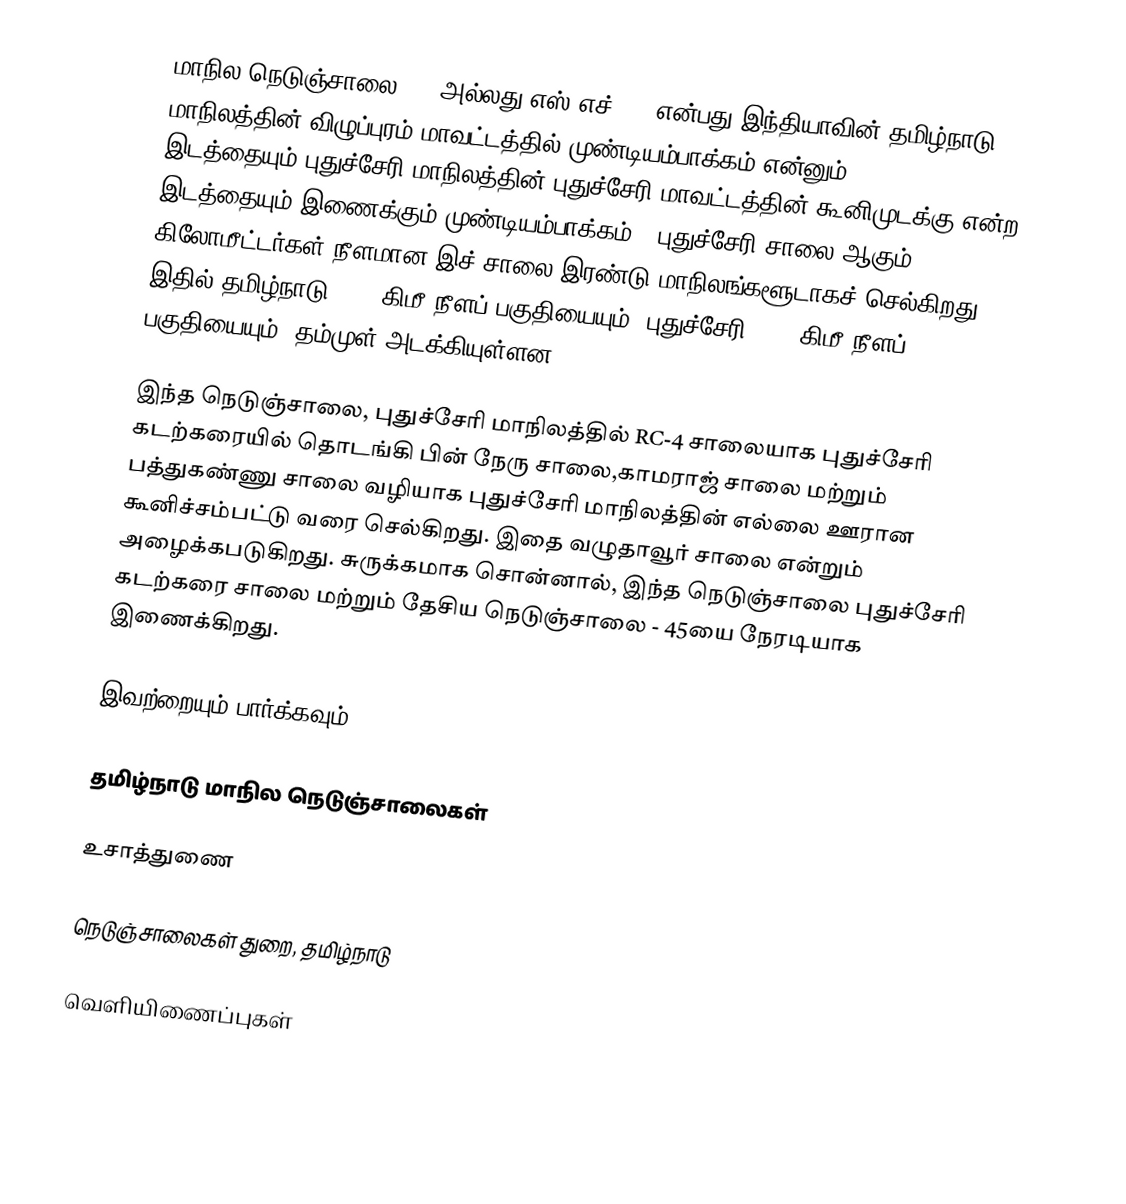
மாநில நெடுஞ்சாலை 203 அல்லது எஸ்.எச்-203  என்பது,இந்தியாவின் தமிழ்நாடு மாநிலத்தின்  விழுப்புரம் மாவட்டத்தில்  முண்டியம்பாக்கம்  என்னும் இடத்தையும்,புதுச்சேரி மாநிலத்தின் புதுச்சேரி மாவட்டத்தின் கூனிமுடக்கு  என்ற இடத்தையும் இணைக்கும் முண்டியம்பாக்கம் - புதுச்சேரி சாலை ஆகும். 40 கிலோமீட்டர்கள் நீளமான இச் சாலை இரண்டு மாநிலங்களூடாகச் செல்கிறது. இதில் தமிழ்நாடு 21.4 கிமீ நீளப் பகுதியையும், புதுச்சேரி 18.6 கிமீ நீளப் பகுதியையும், தம்முள் அடக்கியுள்ளன.

இந்த நெடுஞ்சாலை, புதுச்சேரி மாநிலத்தில் RC-4 சாலையாக புதுச்சேரி கடற்கரையில் தொடங்கி பின் நேரு சாலை,காமராஜ் சாலை மற்றும் பத்துகண்ணு சாலை வழியாக புதுச்சேரி மாநிலத்தின் எல்லை ஊரான கூனிச்சம்பட்டு வரை செல்கிறது. இதை வழுதாவூர் சாலை என்றும் அழைக்கபடுகிறது.  சுருக்கமாக சொன்னால், இந்த நெடுஞ்சாலை புதுச்சேரி கடற்கரை சாலை  மற்றும்  தேசிய நெடுஞ்சாலை - 45யை நேரடியாக இணைக்கிறது.

இவற்றையும் பார்க்கவும்

 தமிழ்நாடு மாநில நெடுஞ்சாலைகள்

உசாத்துணை

 நெடுஞ்சாலைகள் துறை, தமிழ்நாடு

வெளியிணைப்புகள்